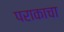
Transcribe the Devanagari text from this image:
पराकाचा